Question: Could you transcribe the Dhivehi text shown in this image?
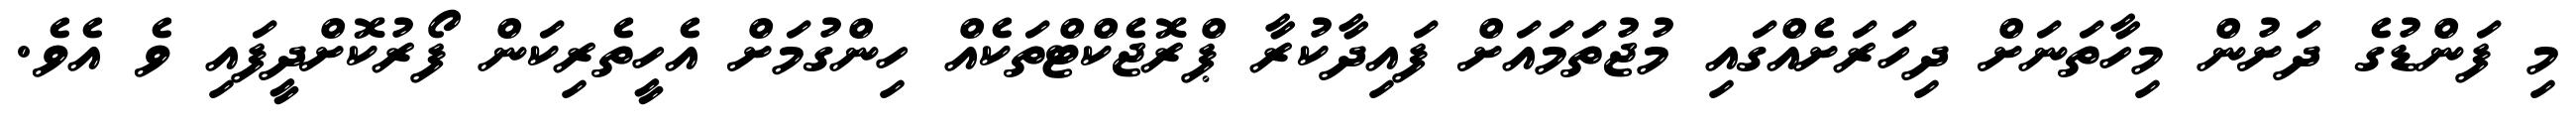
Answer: މި ފަންޑުގެ ދަށުން މިހާތަނަށް ދިހަރަށެއްގައި މުޖުތަމައަށް ފައިދާކުރާ ޕްރޮޖެކްޓްތަކެއް ހިންގުމަށް އެހީތެރިކަން ފޯރުކޮށްދީފައި ވެ އެވެ.